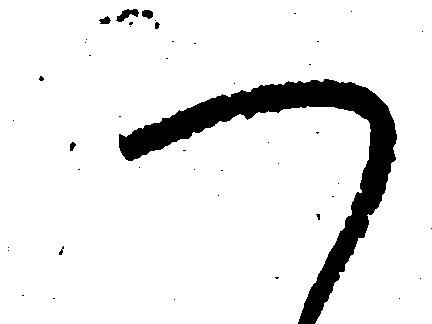
つ